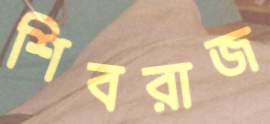
শিবরাজ